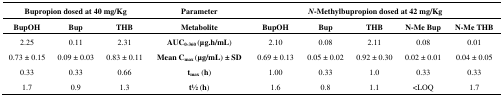
<table><thead><tr><td colspan="3"><b>Bupropion dosed at 40 mg/Kg</b></td><td><b>Parameter</b></td><td colspan="5"><b>N-Methylbupropion dosed at 42 mg/Kg</b></td></tr><tr><td><b>BupOH</b></td><td><b>Bup</b></td><td><b>THB</b></td><td><b>Metabolite</b></td><td><b>BupOH</b></td><td><b>Bup</b></td><td><b>THB</b></td><td><b>N-Me Bup</b></td><td><b>N-Me THB</b></td></tr></thead><tbody><tr><td>2.25</td><td>0.11</td><td>2.31</td><td><b>AUC<sub>0-360 </sub>(μg.h/mL)</b></td><td>2.10</td><td>0.08</td><td>2.11</td><td>0.08</td><td>0.01</td></tr><tr><td>0.73 ± 0.15</td><td>0.09 ± 0.03</td><td>0.83 ± 0.11</td><td><b>Mean C<sub>max </sub>(μg/mL) ± SD</b></td><td>0.69 ± 0.13</td><td>0.05 ± 0.02</td><td>0.92 ± 0.30</td><td>0.02 ± 0.01</td><td>0.04 ± 0.05</td></tr><tr><td>0.33</td><td>0.33</td><td>0.66</td><td><b>t<sub>max</sub> (h)</b></td><td>1.00</td><td>0.33</td><td>1.0</td><td>0.33</td><td>0.33</td></tr><tr><td>1.7</td><td>0.9</td><td>1.3</td><td><b>t1⁄2 (h)</b></td><td>1.6</td><td>0.8</td><td>1.1</td><td>&lt;LOQ</td><td>1.7</td></tr></tbody></table>